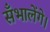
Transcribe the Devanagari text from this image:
सँभालेंगे।